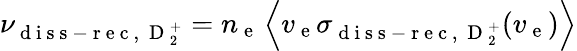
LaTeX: \nu_{\mathrm{~d~i~s~s~-~r~e~c~,~}\mathrm{~D~}_{2}^{+}}=n_{\mathrm{~e~}}\left\langle v_{\mathrm{~e~}}\sigma_{\mathrm{~d~i~s~s~-~r~e~c~,~}\mathrm{~D~}_{2}^{+}}(v_{\mathrm{~e~}})\right\rangle